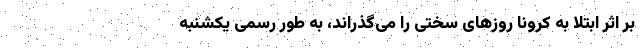
بر اثر ابتلا به کرونا روزهای سختی را می‌گذراند، به طور رسمی یکشنبه